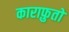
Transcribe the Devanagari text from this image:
काराफ़ुतो